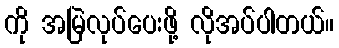
ကို အမြဲလုပ်ပေးဖို့ လိုအပ်ပါတယ်။